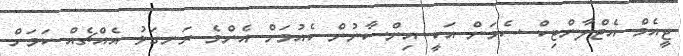
ޖީއެމް އެޓްލާންޓިކް ސެމަން އަކީ އިންސާނުން ކެއުމަށް އެންމެ ރަނގަޅު އެއްޗެއް ކަމަށް